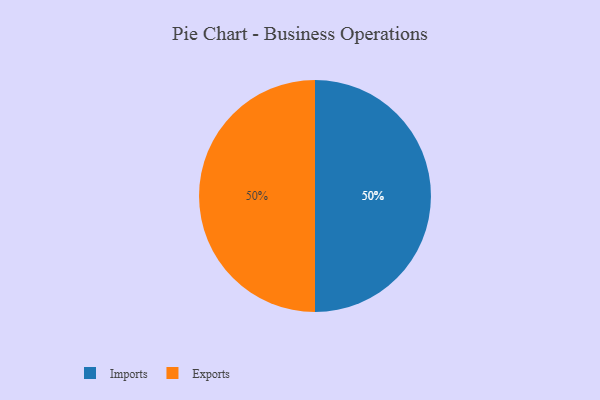
{"axis": {"x": "Category", "y": "Percentage"}, "legend": ["Exports", "Imports"], "data": [{"x": "Imports", "y": 50, "type": "Imports"}, {"x": "Exports", "y": 50, "type": "Exports"}]}